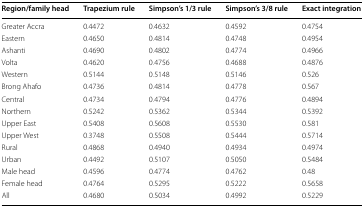
| Region/family head | Trapezium rule | Simpson’s 1/3 rule | Simpson’s 3/8 rule | Exact integration |
 | --- | --- | --- | --- | --- |
 | Greater Accra | 0.4472 | 0.4632 | 0.4592 | 0.4754 |
 | Eastern | 0.4650 | 0.4814 | 0.4748 | 0.4954 |
 | Ashanti | 0.4690 | 0.4802 | 0.4774 | 0.4966 |
 | Volta | 0.4620 | 0.4756 | 0.4688 | 0.4876 |
 | Western | 0.5144 | 0.5148 | 0.5146 | 0.526 |
 | Brong Ahafo | 0.4736 | 0.4814 | 0.4778 | 0.567 |
 | Central | 0.4734 | 0.4794 | 0.4776 | 0.4894 |
 | Northern | 0.5242 | 0.5362 | 0.5344 | 0.5392 |
 | Upper East | 0.5408 | 0.5608 | 0.5530 | 0.581 |
 | Upper West | 0.3748 | 0.5508 | 0.5444 | 0.5714 |
 | Rural | 0.4868 | 0.4940 | 0.4934 | 0.4974 |
 | Urban | 0.4492 | 0.5107 | 0.5050 | 0.5484 |
 | Male head | 0.4596 | 0.4774 | 0.4762 | 0.48 |
 | Female head | 0.4764 | 0.5295 | 0.5222 | 0.5658 |
 | All | 0.4680 | 0.5034 | 0.4992 | 0.5229 |